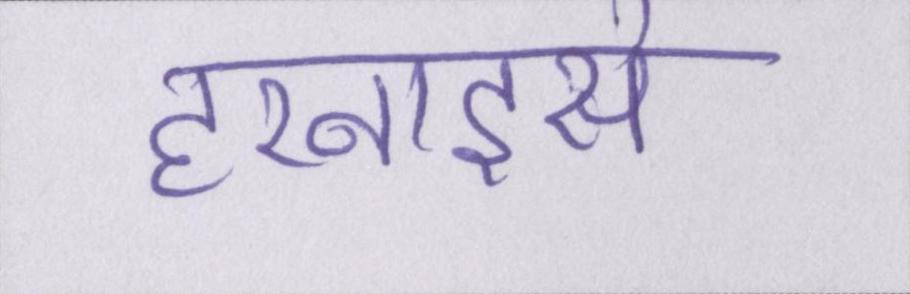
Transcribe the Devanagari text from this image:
हरनाइसे